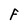
Character: F